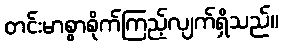
တင်းမာစွာစိုက်ကြည့်လျက်ရှိသည်။